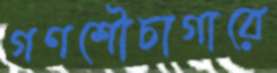
গণশৌচাগারে